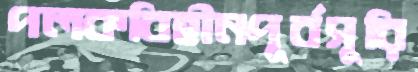
পলকবিহীনপূর্বসূরি